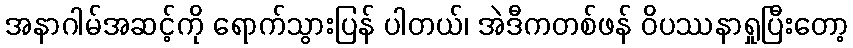
အနာဂါမ်အဆင့်ကို ရောက်သွားပြန် ပါတယ်၊ အဲဒီကတစ်ဖန် ဝိပဿနာရှုပြီးတော့